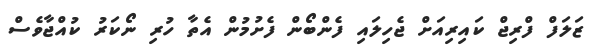
ޒަލަފް ފްރިޖް ކައިރިއަށް ޖެހިލައި ފެންބޯން ފެށުމުން އެތާ ހުރި ނޯކަރު ކުއްޖާވެސް